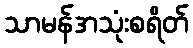
သာမန်အသုံးစရိတ်